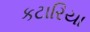
કટારિયા